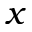
x